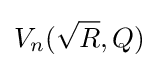
V_{n}({\sqrt {R}},Q)